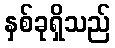
နှစ်ခုရှိသည်